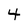
Character: 4